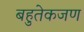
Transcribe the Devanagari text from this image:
बहुतेकजण